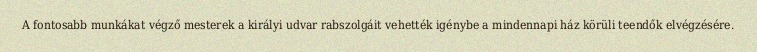
A fontosabb munkákat végző mesterek a királyi udvar rabszolgáit vehették igénybe a mindennapi ház körüli teendők elvégzésére.